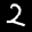
Label: 2